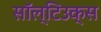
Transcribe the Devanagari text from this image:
सॉल्टिउक्स